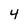
Character: 4